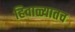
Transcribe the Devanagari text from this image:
हिवाळ्यातच